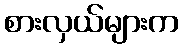
စားလှယ်များက